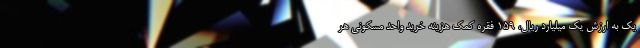
یک به ارزش یک میلیارد ریال، 159 فقره کمک هزینه خرید واحد مسکونی هر